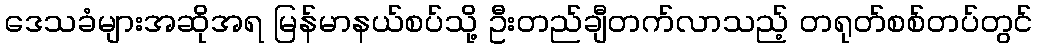
ဒေသခံများအဆိုအရ မြန်မာနယ်စပ်သို့ ဦးတည်ချီတက်လာသည့် တရုတ်စစ်တပ်တွင်